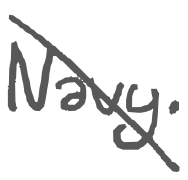
Text: Navy.
Cross-out: diagonal
Writing tool: digital_gray